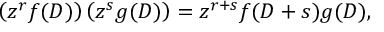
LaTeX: \left( z ^ { r } f ( D ) \right) \left( z ^ { s } g ( D ) \right) = z ^ { r + s } f ( D + s ) g ( D ) ,